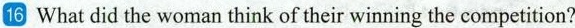
16 What did the woman think of their winning the competition?